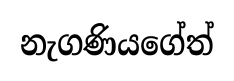
නැගණියගේත්